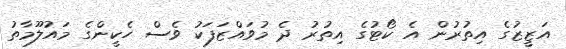
އަޒީޒުގެ އިތުރުން އެ ކޯޓުގެ އިތުރު ދެ މުވައްޒަފަކު ވެސް ހެކީންގެ މައުލޫމާތު